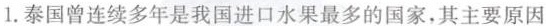
1.泰国曾连续多年是我国进口水果最多的国家，其主要原因